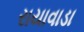
રાયાવાડા